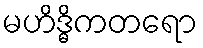
မဟိဒ္ဓိကတရော